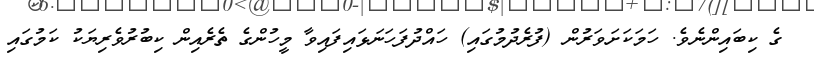
ގެ ކިބައިންނެވެ. ހަމަކަށަވަރުން (ފުރެދުމުގައި) ހައްދުފަހަނަޅައިފައިވާ މީހުންގެ ތެރެއިން ކިބުރުވެރިޔަކު ކަމުގައި